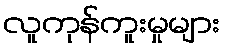
လူကုန်ကူးမှုများ